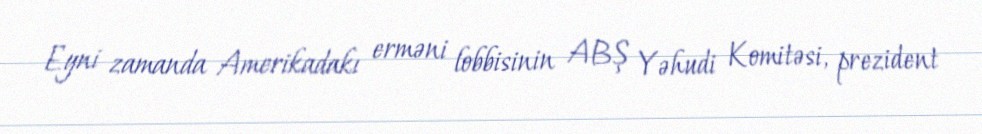
Eyni zamanda Amerikadakı erməni lobbisinin ABŞ Yəhudi Komitəsi, prezident